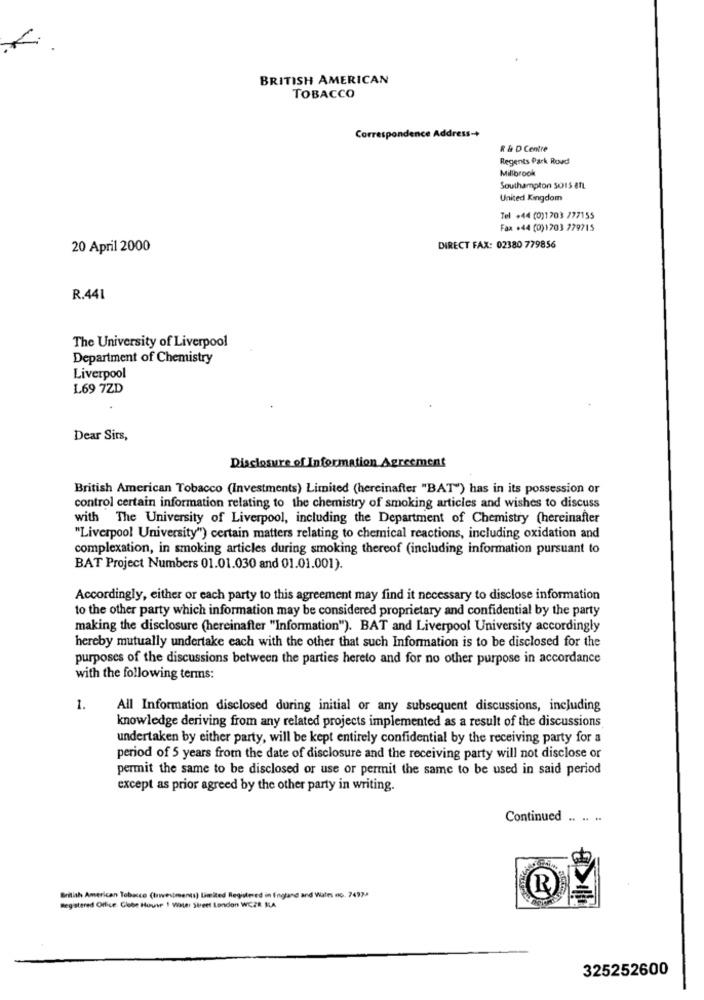
BRITISH AMERICAN
TOBACCO
Correspond
R & D Centre
Regents Park Rovd
Millbrook
Southampton So15 8TL
United Kingdom
Tel +44 (0)1703 777155
Fax +44 (0)1703 779715
20 April 2000
DIRECT FAX: 02380 779856
R.441
The University of Liverpool
Department of Chemistry
Liverpool
L69 7ZD
Dear Sirs,
Disclosure of Information Agreement
British American Tobacco (Investments) Limited (hereinafter "BAT") has in its possession or
control certain information relating to the chemistry of smoking articles and wishes to discuss
with The University of Liverpool, including the Department of Chemistry (hereinafter
"Liverpool University") certain matters relating to chemical reactions, including oxidation and
complexation, in smoking articles during smoking thereof (including information pursuant to
BAT Project Numbers 01.01.030 and 01.01.001).
Accordingly, either or each party to this agreement may find it necessary to disclose information
to the other party which information may be considered proprietary and confidential by the party
making the disclosure (hereinafter "Information"). BAT and Liverpool University accordingly
hereby mutually undertake each with the other that such Information is to be disclosed for the
purposes of the discussions between the parties hereto and for no other purpose in accordance
with the following terms:
1.
All Information disclosed during initial or any subsequent discussions, including
knowledge deriving from any related projects implemented as a result of the discussions
undertaken by either party, will be kept entirely confidential by the receiving party for a
period of 5 years from the date of disclosure and the receiving party will not disclose or
permit the same to be disclosed or use or permit the same to be used in said period
except as prior agreed by the other party in writing.
Continued .. .. "
British American Tobacco (Investments) Limited Registered in England and Wales no. 7492
Registered Office. Globe House ! Water Street London WCZR MLA
325252600